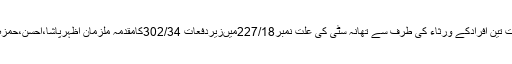
پولیس نے قتل ہونے والے بھائیوںسمیت تین افرادکے ورثاء کی طرف سے تھانہ سٹی کی علت نمبر227/18میںزیردفعات 302/34کامقدمہ ملزمان اظہرپاشا،احسن،حمزہ اورشعیب کے خلاف مقدمہ درج ہوا ۔